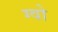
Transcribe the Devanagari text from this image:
ग्वो